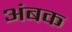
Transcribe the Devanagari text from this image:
अंबक